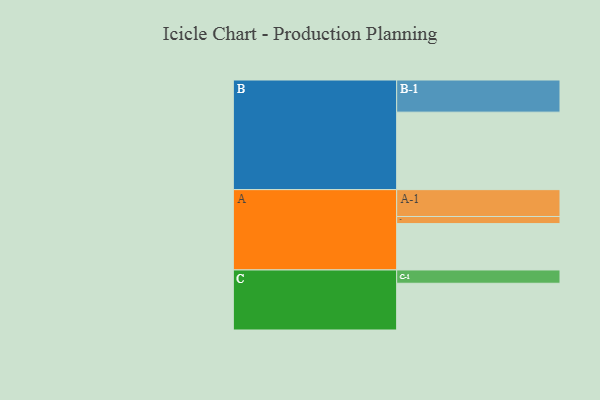
{"axis": {"x": "Segment", "y": "Value"}, "legend": ["", "A", "B", "C"], "data": [{"x": "A", "y": 359, "type": ""}, {"x": "B", "y": 600, "type": ""}, {"x": "C", "y": 362, "type": ""}, {"x": "A-1", "y": 208, "type": "A"}, {"x": "A-2", "y": 55, "type": "A"}, {"x": "B-1", "y": 249, "type": "B"}, {"x": "C-1", "y": 103, "type": "C"}]}